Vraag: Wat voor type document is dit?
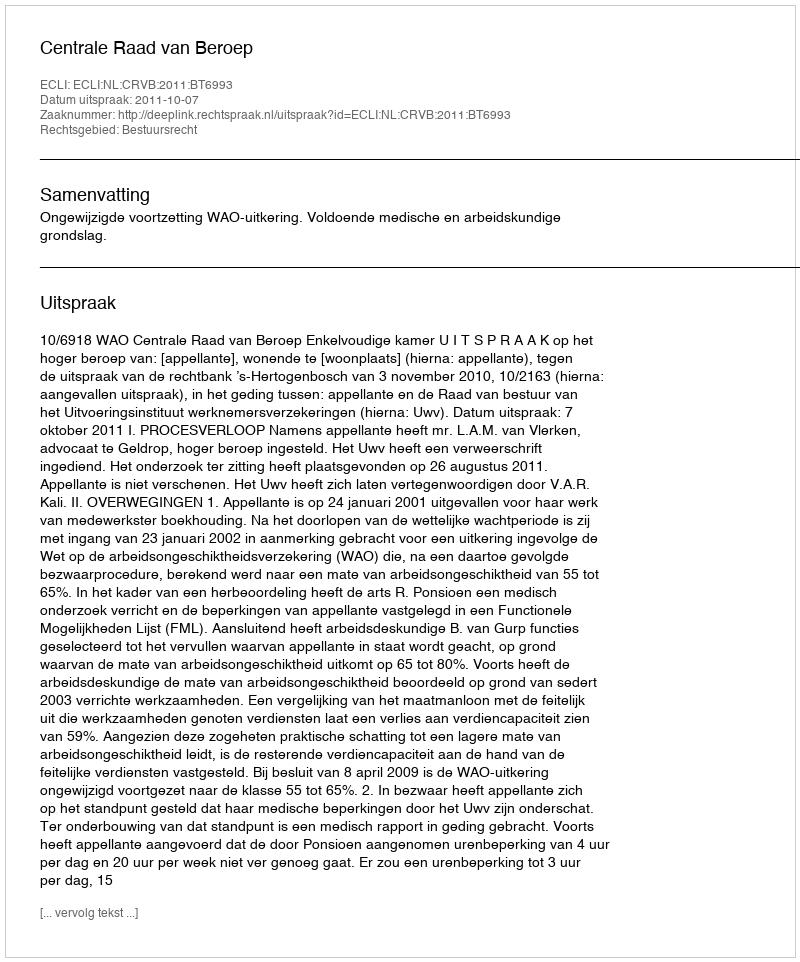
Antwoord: Uitspraak